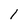
Character: l